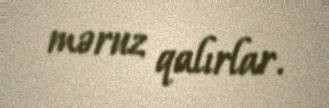
məruz qalırlar.